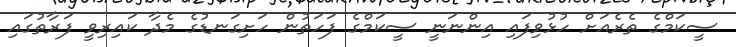
ސީކަމްގެ ތެރެއަށް ހުޅުވިފައި އިންނަނީ ސީކަމްގެ ފަހަތުން ހަށިގަނޑުގެ މެދާ ކައިރިވީ ފަރާތުގައި